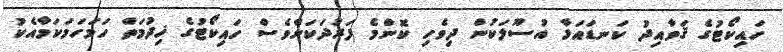
ހައިކޯޓުގެ ޤަވާއިދު ކަނޑައަޅާ އުސޫލަކުން ދިވެހި ކޮންމެ ފަރުދަކަށްވެސް ހައިކޯޓުގެ ޚިދުމަތް ހަމަހަމަކަމާއެކު